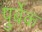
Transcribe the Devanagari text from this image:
पुर्बेक